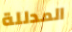
المدللة